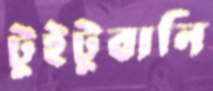
টুইটুবানি